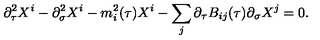
\partial _ { \tau } ^ { 2 } X ^ { i } - \partial _ { \sigma } ^ { 2 } X ^ { i } - m _ { i } ^ { 2 } ( \tau ) X ^ { i } - \sum _ { j } \partial _ { \tau } B _ { i j } ( \tau ) \partial _ { \sigma } X ^ { j } = 0 .